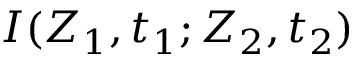
I ( Z _ { 1 } , t _ { 1 } ; Z _ { 2 } , t _ { 2 } )